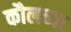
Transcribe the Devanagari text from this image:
कौलच्या